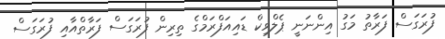
ފުރަގަސް ފަރާތު މަގު އިންނަނީ ޕެލްވިކް ޑައިއަފްރަމްގެ ތިރިން ފުރަގަސް ފަރާތްއާއި ފުރަގަސް